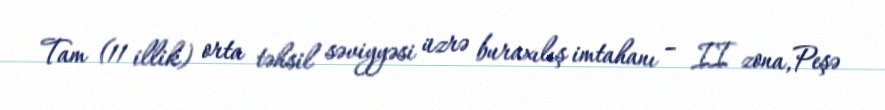
Tam (11 illik) orta təhsil səviyyəsi üzrə buraxılış imtahanı – II zona,Peşə